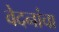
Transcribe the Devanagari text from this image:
वेदनांचा